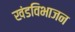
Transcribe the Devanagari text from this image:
खंडविभाजन